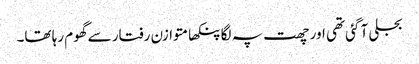
بجلی آ گئی تھی اور چھت پہ لگا پنکھا متوازن رفتار سے گھوم رہا تھا۔